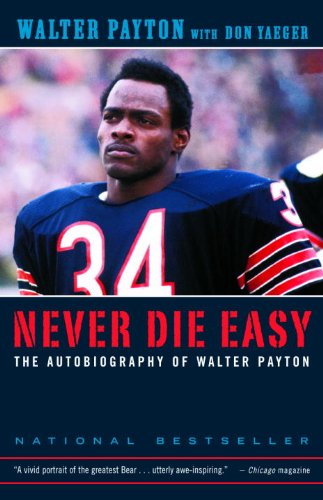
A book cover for Never Die Easy: The Autobiography of Walter Payton; Walter Payton; Biographies & Memoirs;